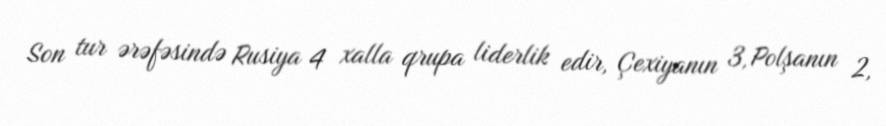
Son tur ərəfəsində Rusiya 4 xalla qrupa liderlik edir, Çexiyanın 3, Polşanın 2,